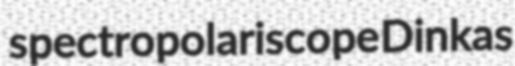
spectropolariscope Dinkas